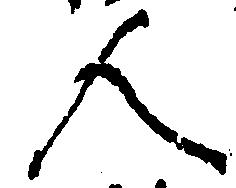
人